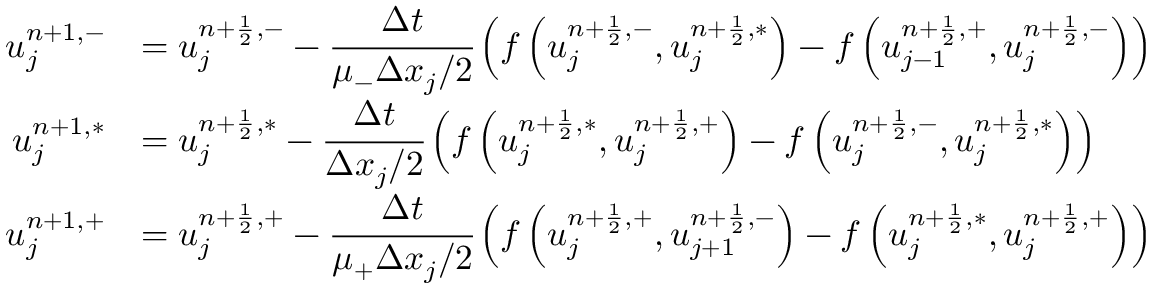
\begin{array} { r l } { u _ { j } ^ { n + 1 , - } } & { = u _ { j } ^ { n + \frac { 1 } { 2 } , - } - \cfrac { \Delta t } { \mu _ { - } \Delta x _ { j } / 2 } \left( f \left( u _ { j } ^ { n + \frac { 1 } { 2 } , - } , u _ { j } ^ { n + \frac { 1 } { 2 } , \ast } \right) - f \left( u _ { j - 1 } ^ { n + \frac { 1 } { 2 } , + } , u _ { j } ^ { n + \frac { 1 } { 2 } , - } \right) \right) } \\ { u _ { j } ^ { n + 1 , \ast } } & { = u _ { j } ^ { n + \frac { 1 } { 2 } , \ast } - \cfrac { \Delta t } { \Delta x _ { j } / 2 } \left( f \left( u _ { j } ^ { n + \frac { 1 } { 2 } , \ast } , u _ { j } ^ { n + \frac { 1 } { 2 } , + } \right) - f \left( u _ { j } ^ { n + \frac { 1 } { 2 } , - } , u _ { j } ^ { n + \frac { 1 } { 2 } , \ast } \right) \right) } \\ { u _ { j } ^ { n + 1 , + } } & { = u _ { j } ^ { n + \frac { 1 } { 2 } , + } - \cfrac { \Delta t } { \mu _ { + } \Delta x _ { j } / 2 } \left( f \left( u _ { j } ^ { n + \frac { 1 } { 2 } , + } , u _ { j + 1 } ^ { n + \frac { 1 } { 2 } , - } \right) - f \left( u _ { j } ^ { n + \frac { 1 } { 2 } , \ast } , u _ { j } ^ { n + \frac { 1 } { 2 } , + } \right) \right) } \end{array}